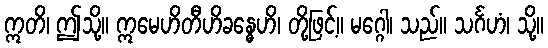
ဣတိ၊ ဤသို့။ ဣမေဟိတီဟိခန္ဓေဟိ၊ တို့ဖြင့်။ မဂ္ဂေါ၊ သည်။ သင်္ဂဟံ၊ သို့။